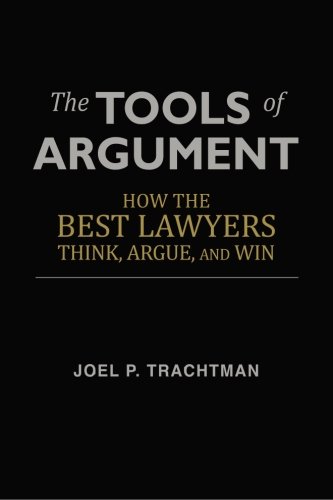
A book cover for The Tools of Argument: How the Best Lawyers Think, Argue, and Win; Joel P. Trachtman; Law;